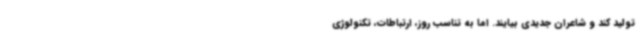
تولید کند و شاعران جدیدی بیایند. اما به تناسب روز، ارتباطات، تکنولوژی